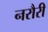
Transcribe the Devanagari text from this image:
नरौरी